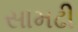
સામઢી